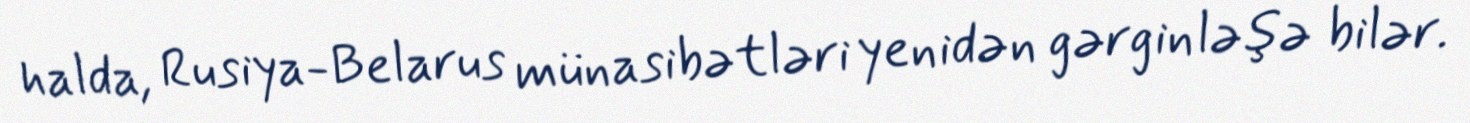
halda, Rusiya-Belarus münasibətləri yenidən gərginləşə bilər.